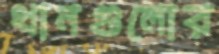
ধানগুলোর